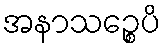
အနာသဉ္စေပိ